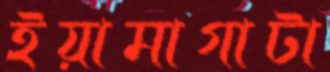
ইয়ামাগাটা